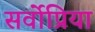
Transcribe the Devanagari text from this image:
सर्वोप्रिया